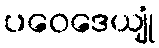
ပဝေဒေယျုံ